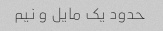
حدود یک مایل و نیم